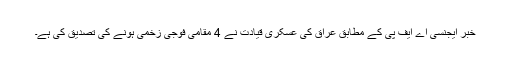
خبر ایجنسی اے ایف پی کے مطابق عراق کی عسکری قیادت نے 4 مقامی فوجی زخمی ہونے کی تصدیق کی ہے۔